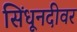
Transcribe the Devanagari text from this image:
सिंधूनदीवर